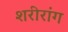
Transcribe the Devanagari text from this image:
शरीरांग